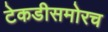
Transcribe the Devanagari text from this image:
टेकडीसमोरच